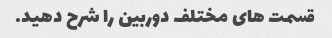
قسمت های مختلف دوربین را شرح دهید.